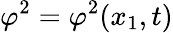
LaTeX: \varphi^{2}=\varphi^{2}(x_{1},t)